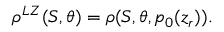
\rho ^ { L Z } ( S , \theta ) = \rho ( S , \theta , p _ { 0 } ( z _ { r } ) ) .